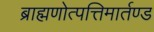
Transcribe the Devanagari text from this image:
ब्राह्मणोत्पत्तिमार्तण्ड